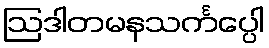
ဩဒါတမနသင်္ကပ္ပေါ